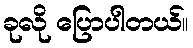
ခုလို ပြောပါတယ်။